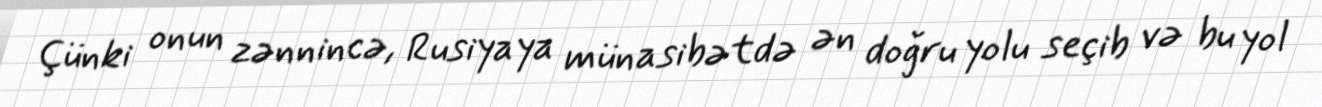
Çünki onun zənnincə, Rusiyaya münasibətdə ən doğru yolu seçib və bu yol